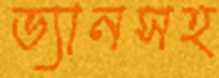
ভ্যানসহ